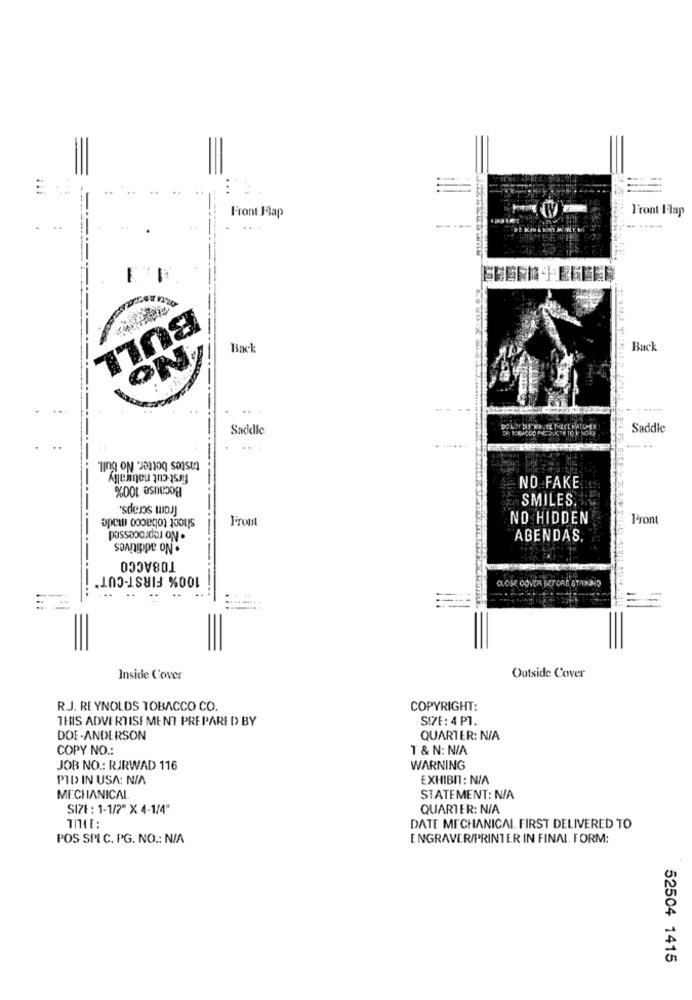
Front Jalap
Front Ilap
.
...
----.
-
BULL
Back
Back
ON
Saddle
DO LO
Saddle
tastes better. No bull.
first cut naturally
Because 100%
NO FAKE
SMILES
'sdens woJ]
shect tobacco made
. No reprocessed
Front
NO HIDDEN
l'ront
. No additives
AGENDAS,
TOBACCO
100% FIRST-CUT
CLOSE OOVER BEFORE GTANANO
Inside Cover
Outside Cover
R.J. REYNOLDS TOBACCO CO.
COPYRIGHT:
THIS ADVERTISEMENT PREPARED BY
SIZE: 4 PT.
DOE-ANDERSON
QUARTER: N/A
COPY NO .:
T & N: N/A
JOB NO .: RJRWAD 116
WARNING
PID IN USA: N/A
EXHIBIT : N/A
MECHANICAL
STATEMENT: N/A
SI71 : 1-1/2" X 4-1/4"
QUARTER: N/A
DATE MECHANICAL FIRST DELIVERED TO
POS SPI C. PG. NO .: N/A
ENGRAVER/PRINTER IN FINAL. FORM:
52504 1415